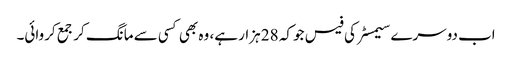
اب دوسرے سیمسٹر کی فیس جو کہ 28 ہزار ہے، وہ بھی کسی سے مانگ کر جمع کروائی۔